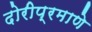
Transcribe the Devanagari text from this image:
दोरीप्रमाणे